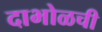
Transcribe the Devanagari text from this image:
दाभोळची